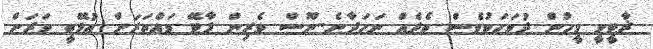
ޜާޓީވީ މީހުން ދުވަހަކުވެސް ތެދެއް ނަހަދާނެ..ނޫސް ވެރިން ޕާޓޭ ވައްތަރަށް އުޅޭތީ ވަރަށް